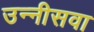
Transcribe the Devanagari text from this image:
उन्नीसवा